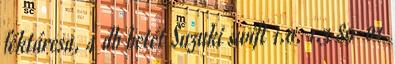
féktárcsa, 4 db betét Suzuki swift 1.0, 1.3 89-01